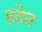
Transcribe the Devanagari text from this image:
हठेन